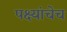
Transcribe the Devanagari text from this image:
पक्ष्यांचेच